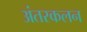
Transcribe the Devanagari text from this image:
अंतरकलन